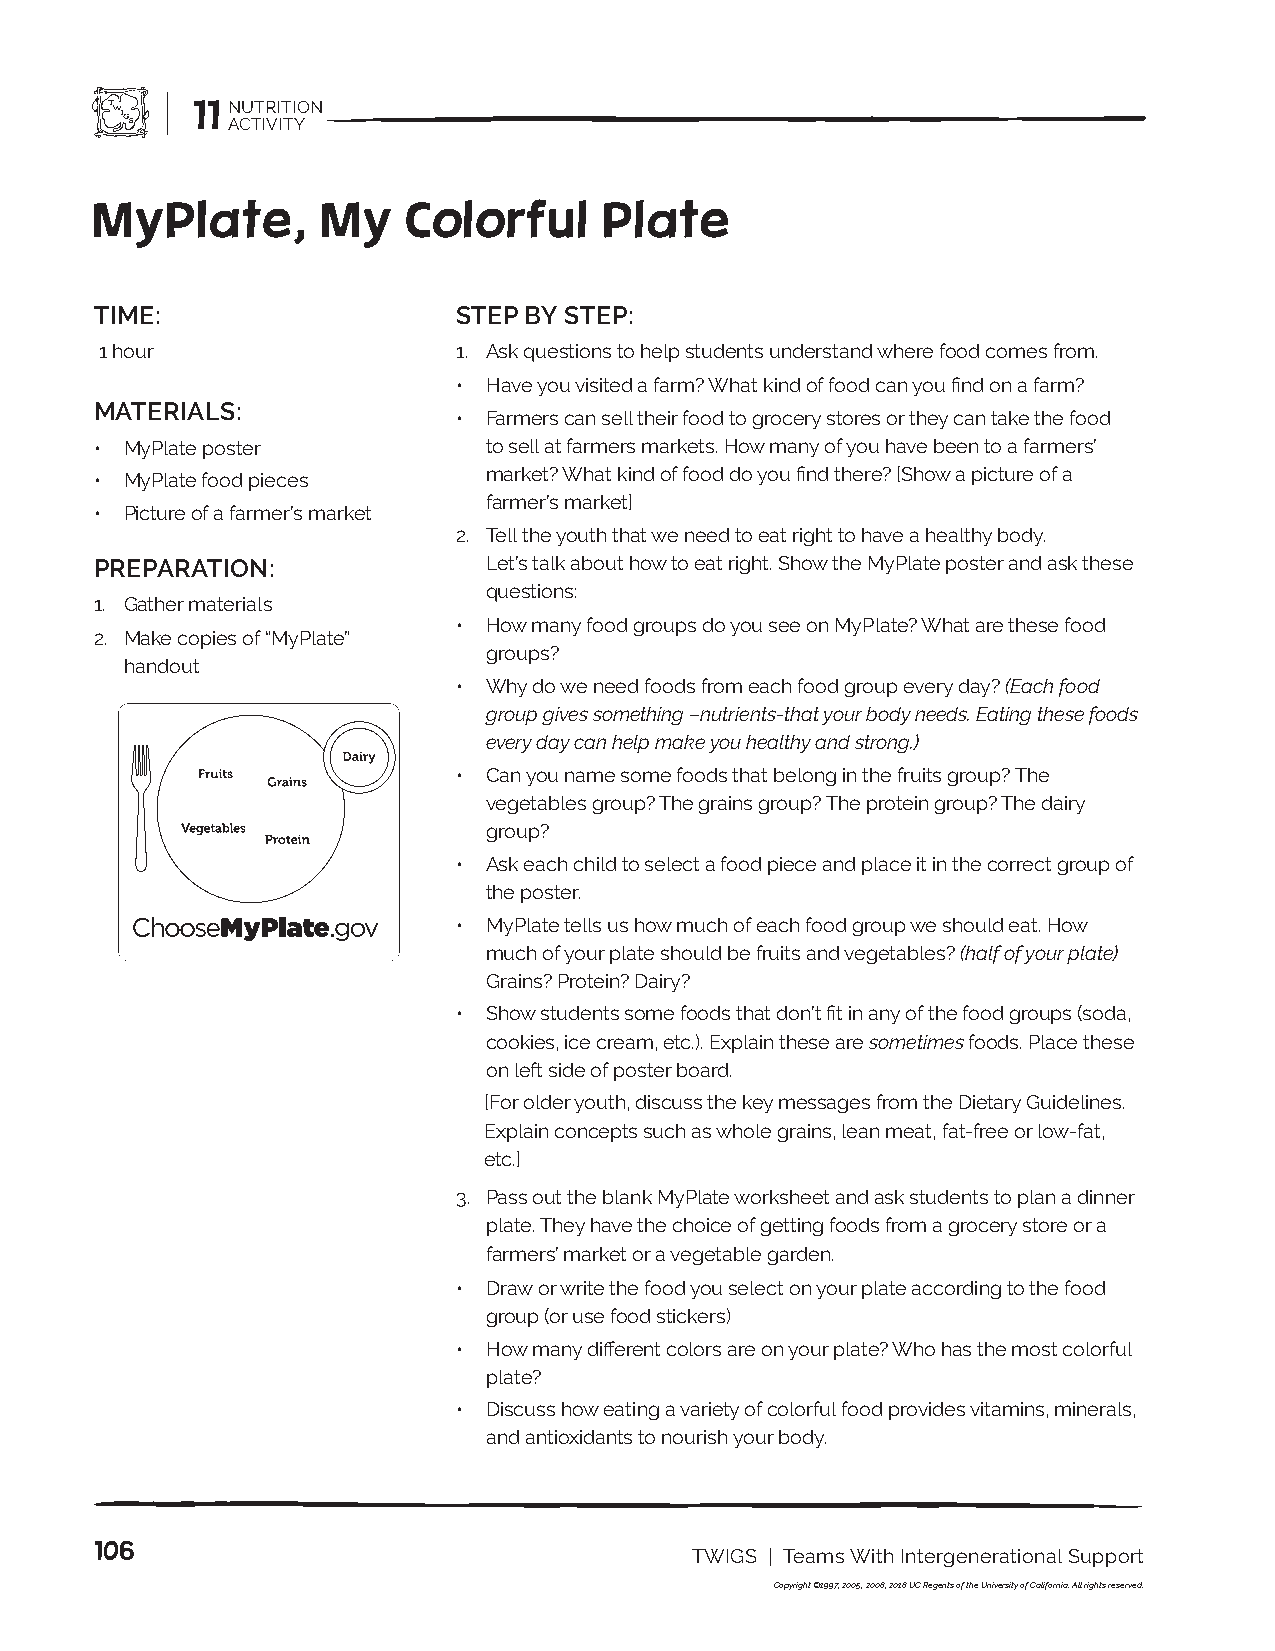
11 NUTRITION
 ACTIVITY
 MyPlate,       My    Colorful     Plate
 TIME:                   STEP BY STEP:
 1 hour                 1. Ask questions to help students understand where food comes from.
 • Have you visited a farm? What kind of food can you find on a farm?
 MATERIALS:
 • Farmers can sell their food to grocery stores or they can take the food
 • MyPlate poster          to sell at farmers markets. How many of you have been to a farmers’
 market? What kind of food do you find there? [Show a picture of a
 • MyPlate food pieces
 farmer’s market]
 • Picture of a farmer’s market
 2. Tell the youth that we need to eat right to have a healthy body.
 PREPARATION:              Let’s talk about how to eat right. Show the MyPlate poster and ask these
 questions:
 1. Gather materials
 • How many food groups do you see on MyPlate? What are these food
 2. Make copies of “MyPlate”
 groups?
 handout
 • Why do we need foods from each food group every day? (Each food
 group gives something –nutrients-that your body needs. Eating these foods
 every day can help make you healthy and strong.)
 • Can you name some foods that belong in the fruits group? The
 vegetables group? The grains group? The protein group? The dairy
 group?
 • Ask each child to select a food piece and place it in the correct group of
 the poster.
 • MyPlate tells us how much of each food group we should eat. How
 much of your plate should be fruits and vegetables? (half of your plate)
 CPoelnictey ra fnodr NPurotrmitiootnion Grains? Protein? Dairy?
 • Show students some foods that don’t fit in any of the food groups (soda,
 cookies, ice cream, etc.). Explain these are sometimes foods. Place these
 on left side of poster board.
 [For older youth, discuss the key messages from the Dietary Guidelines.
 Explain concepts such as whole grains, lean meat, fat-free or low-fat,
 etc.]
 3. Pass out the blank MyPlate worksheet and ask students to plan a dinner
 plate. They have the choice of getting foods from a grocery store or a
 farmers’ market or a vegetable garden.
 • Draw or write the food you select on your plate according to the food
 group (or use food stickers)
 • How many different colors are on your plate? Who has the most colorful
 plate?
 • Discuss how eating a variety of colorful food provides vitamins, minerals,
 and antioxidants to nourish your body.
 106
 TWIGS | Teams With Intergenerational Support
 Copyright ©1997, 2005, 2008, 2018 UC Regents of the University of California. All rights reserved.